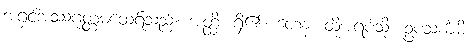
အရှင်အဿဂုတ္တမထေရ်သည်။ အတ္ထိ၊ ရှိ၏။ တေန၊ ထိုအရပ်သို့။ ဥပသင်္ကမိ၊